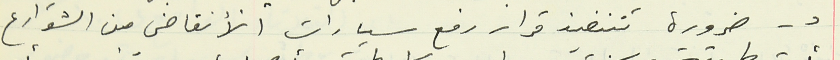
د - ضرورة تنفيذ قرار رفع سيارات الأنقاض من الشوارع